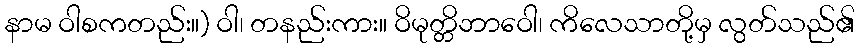
နာမ ဝါစကတည်း။) ဝါ၊ တနည်းကား။ ဝိမုတ္တိဘာဝေါ၊ ကိလေသာတို့မှ လွတ်သည်၏